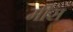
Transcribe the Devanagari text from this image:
मीस